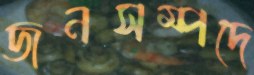
জনসম্পদে